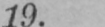
19.